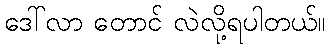
ဒေါ်လာ တောင် လဲလို့ရပါတယ်။